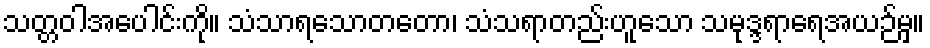
သတ္တဝါအပေါင်းကို။ သံသာရသောတတော၊ သံသရာတည်းဟူသော သမုဒ္ဒရာရေအယဉ်မှ။